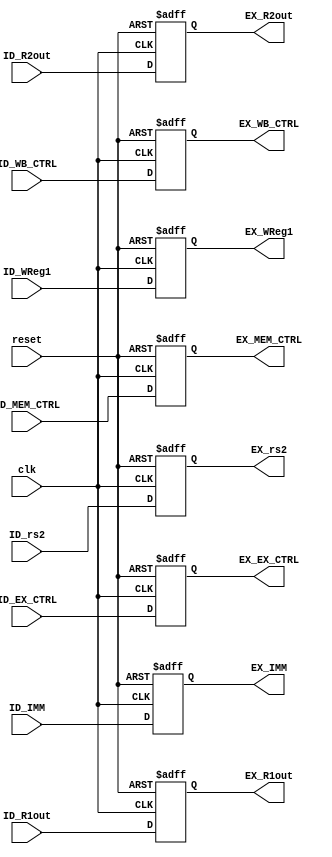
`timescale 1ns / 1ps
//////////////////////////////////////////////////////////////////////////////////
// Company: 
// Engineer: 
// 
// Design Name: 
// Module Name:    ID_EXreg 
// Project Name: 
// Target Devices: 
// Tool versions: 
// Description: 
//
// Dependencies: 
//
// Revision: 
// Revision 0.01 - File Created
// Additional Comments: 
//
//////////////////////////////////////////////////////////////////////////////////
module ID_EXreg(
    input [63:0] ID_R1out,
    input [63:0] ID_R2out,
    input [4:0] ID_WReg1,
	 input [4:0] ID_rs2,
	 input [5:0]ID_EX_CTRL,
	 input [3:0]ID_MEM_CTRL,
	 input [1:0]ID_WB_CTRL,
	 input [11:0]ID_IMM,
	 
    output [63:0] EX_R1out,
    output [63:0] EX_R2out,
    output [4:0] EX_WReg1,
	 output [4:0] EX_rs2,
	 output [5:0]EX_EX_CTRL,
	 output [3:0]EX_MEM_CTRL,
	 output [1:0]EX_WB_CTRL,
	 output [11:0]EX_IMM,
	 
    input clk,
	 input reset
    );
	reg [63:0]R1out;
	reg [63:0]R2out;
	reg [4:0]WReg1;
	reg [4:0]rs2;
	reg [5:0]EX_CTRL;
	reg [3:0]MEM_CTRL;
	reg [1:0]WB_CTRL;
	reg [11:0]IMM;
	
	assign EX_R1out = R1out;
	assign EX_R2out = R2out;
	assign EX_WReg1 = WReg1;
	assign EX_rs2 = rs2;
	assign EX_EX_CTRL = EX_CTRL;
	assign EX_MEM_CTRL = MEM_CTRL;
	assign EX_WB_CTRL = WB_CTRL;
	assign EX_IMM = IMM;
	
	always @(posedge clk,negedge reset)
	begin
		if(!reset)
		begin
			R1out <= 0;
			R2out <= 0;
			WReg1 <= 0;
			rs2 <= 0;
			EX_CTRL <= 0;
			MEM_CTRL <= 0;
			WB_CTRL <= 0;
			IMM <= 0;
		end
		else
		begin
			R1out <= ID_R1out;
			R2out <= ID_R2out;
			WReg1 <= ID_WReg1;
			rs2 <= ID_rs2;
			EX_CTRL <= ID_EX_CTRL;
			MEM_CTRL <= ID_MEM_CTRL;
			WB_CTRL <= ID_WB_CTRL;
			IMM <= ID_IMM;
		end
	end

endmodule